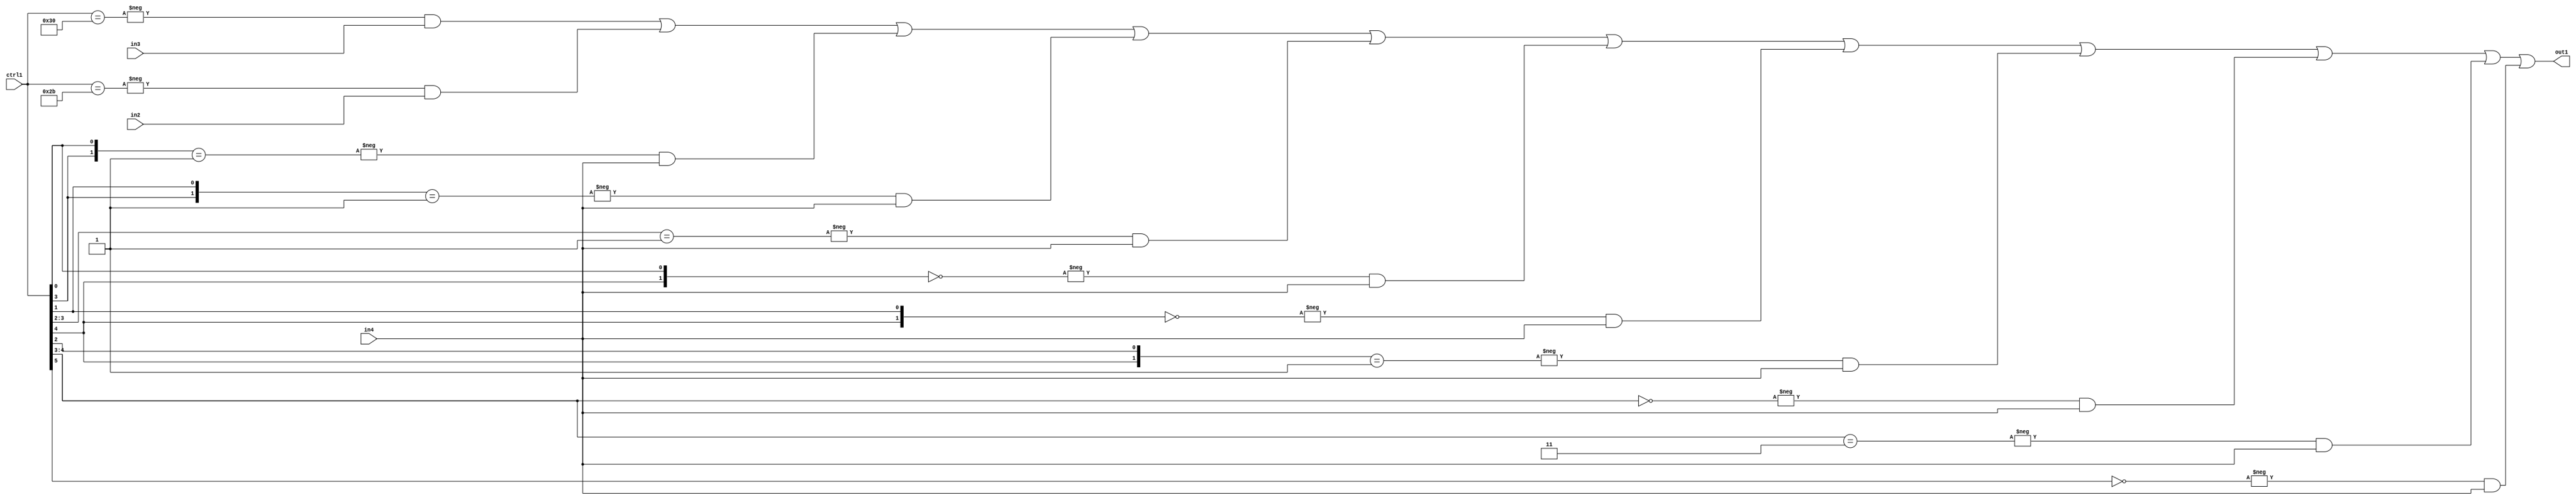
`timescale 1ps / 1ps
/*****************************************************************************
    Verilog RTL Description
    
    
    Created by: Stratus DpOpt 21.05.01 
*******************************************************************************/

module SobelFilter_N_Mux_32_3_110_1 (
	in4,
	in3,
	in2,
	ctrl1,
	out1
	); /* architecture "behavioural" */ 
input [31:0] in4;
input [8:0] in3,
	in2;
input [5:0] ctrl1;
output [31:0] out1;
wire [31:0] asc001;

assign asc001 = 
	-{ctrl1 == 6'B110000} & in3 |
	-{ctrl1 == 6'B101011} & in2 |
	-{{ctrl1[3], ctrl1[0]} == 2'B01} & in4 |
	-{{ctrl1[3], ctrl1[1]} == 2'B01} & in4 |
	-{ctrl1[3:2] == 2'B01} & in4 |
	-{{ctrl1[4], ctrl1[0]} == 2'B00} & in4 |
	-{{ctrl1[4], ctrl1[1]} == 2'B00} & in4 |
	-{{ctrl1[4], ctrl1[2]} == 2'B01} & in4 |
	-{ctrl1[4:3] == 2'B00} & in4 |
	-{ctrl1[4:3] == 2'B11} & in4 |
	-{ctrl1[5] == 1'B0} & in4 ;

assign out1 = asc001;
endmodule

/* CADENCE  vbP5SA8= : u9/ySxbfrwZIxEzHVQQV8Q== ** DO NOT EDIT THIS LINE ******/